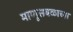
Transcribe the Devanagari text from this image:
माणूसबळाच्या